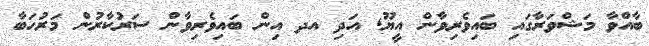
ބާއްވާ މަޝްވަރާގައި ބައިވެރިވާން އީޔޫ